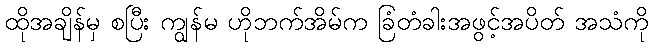
ထိုအချိန်မှ စပြီး ကျွန်မ ဟိုဘက်အိမ်က ခြံတံခါးအဖွင့်အပိတ် အသံကို